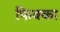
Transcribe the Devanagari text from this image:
फिक्का